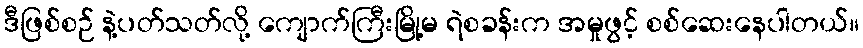
ဒီဖြစ်စဉ် နဲ့ပတ်သတ်လို့ ကျောက်ကြီးမြို့မ ရဲစခန်းက အမှုဖွင့် စစ်ဆေးနေပါတယ်။